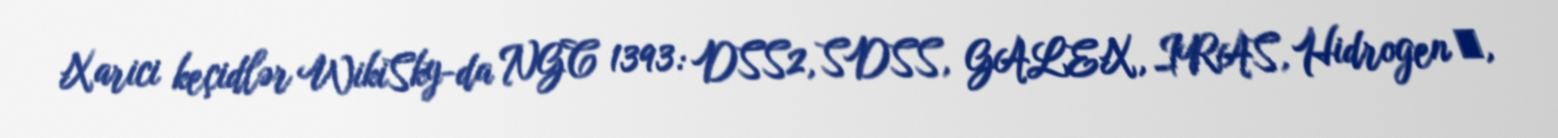
Xarici keçidlər WikiSky-da NGC 1393: DSS2, SDSS, GALEX, IRAS, Hidrogen α,